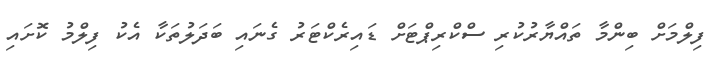
ފިލްމަށް ބިންމާ ތައްޔާރުކުރި ސްކްރިޕްޓަށް ޑައިރެކްޓަރު ގެނައި ބަދަލުތަކާ އެކު ފިލްމު ކޮށައި